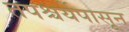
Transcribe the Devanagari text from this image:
तपश्चर्येपासून